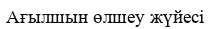
Ағылшын өлшеу жүйесі